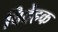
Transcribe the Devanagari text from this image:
विदेहक